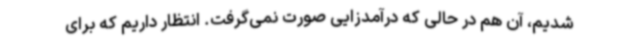
شدیم، آن هم در حالی که درآمدزایی صورت نمی‌گرفت. انتظار داریم که برای